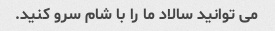
می توانید سالاد ما را با شام سرو کنید.